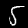
Digit: 5